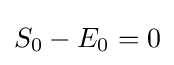
S_{0}-E_{0}=0